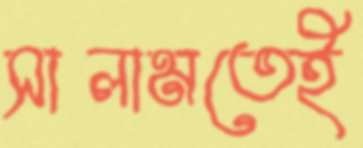
সালামতেই